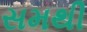
સમથી